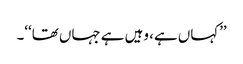
’’کہاں ہے، وہیں ہے جہاں تھا‘‘۔